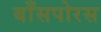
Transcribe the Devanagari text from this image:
बाँसपोरस